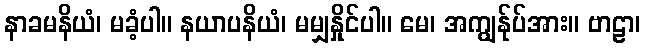
နာခမနိယံ၊ မခံ့ပါ။ နယာပနိယံ၊ မမျှနှိုင်ပါ။ မေ၊ အကျွန်ုပ်အား။ ဗာဠာ၊